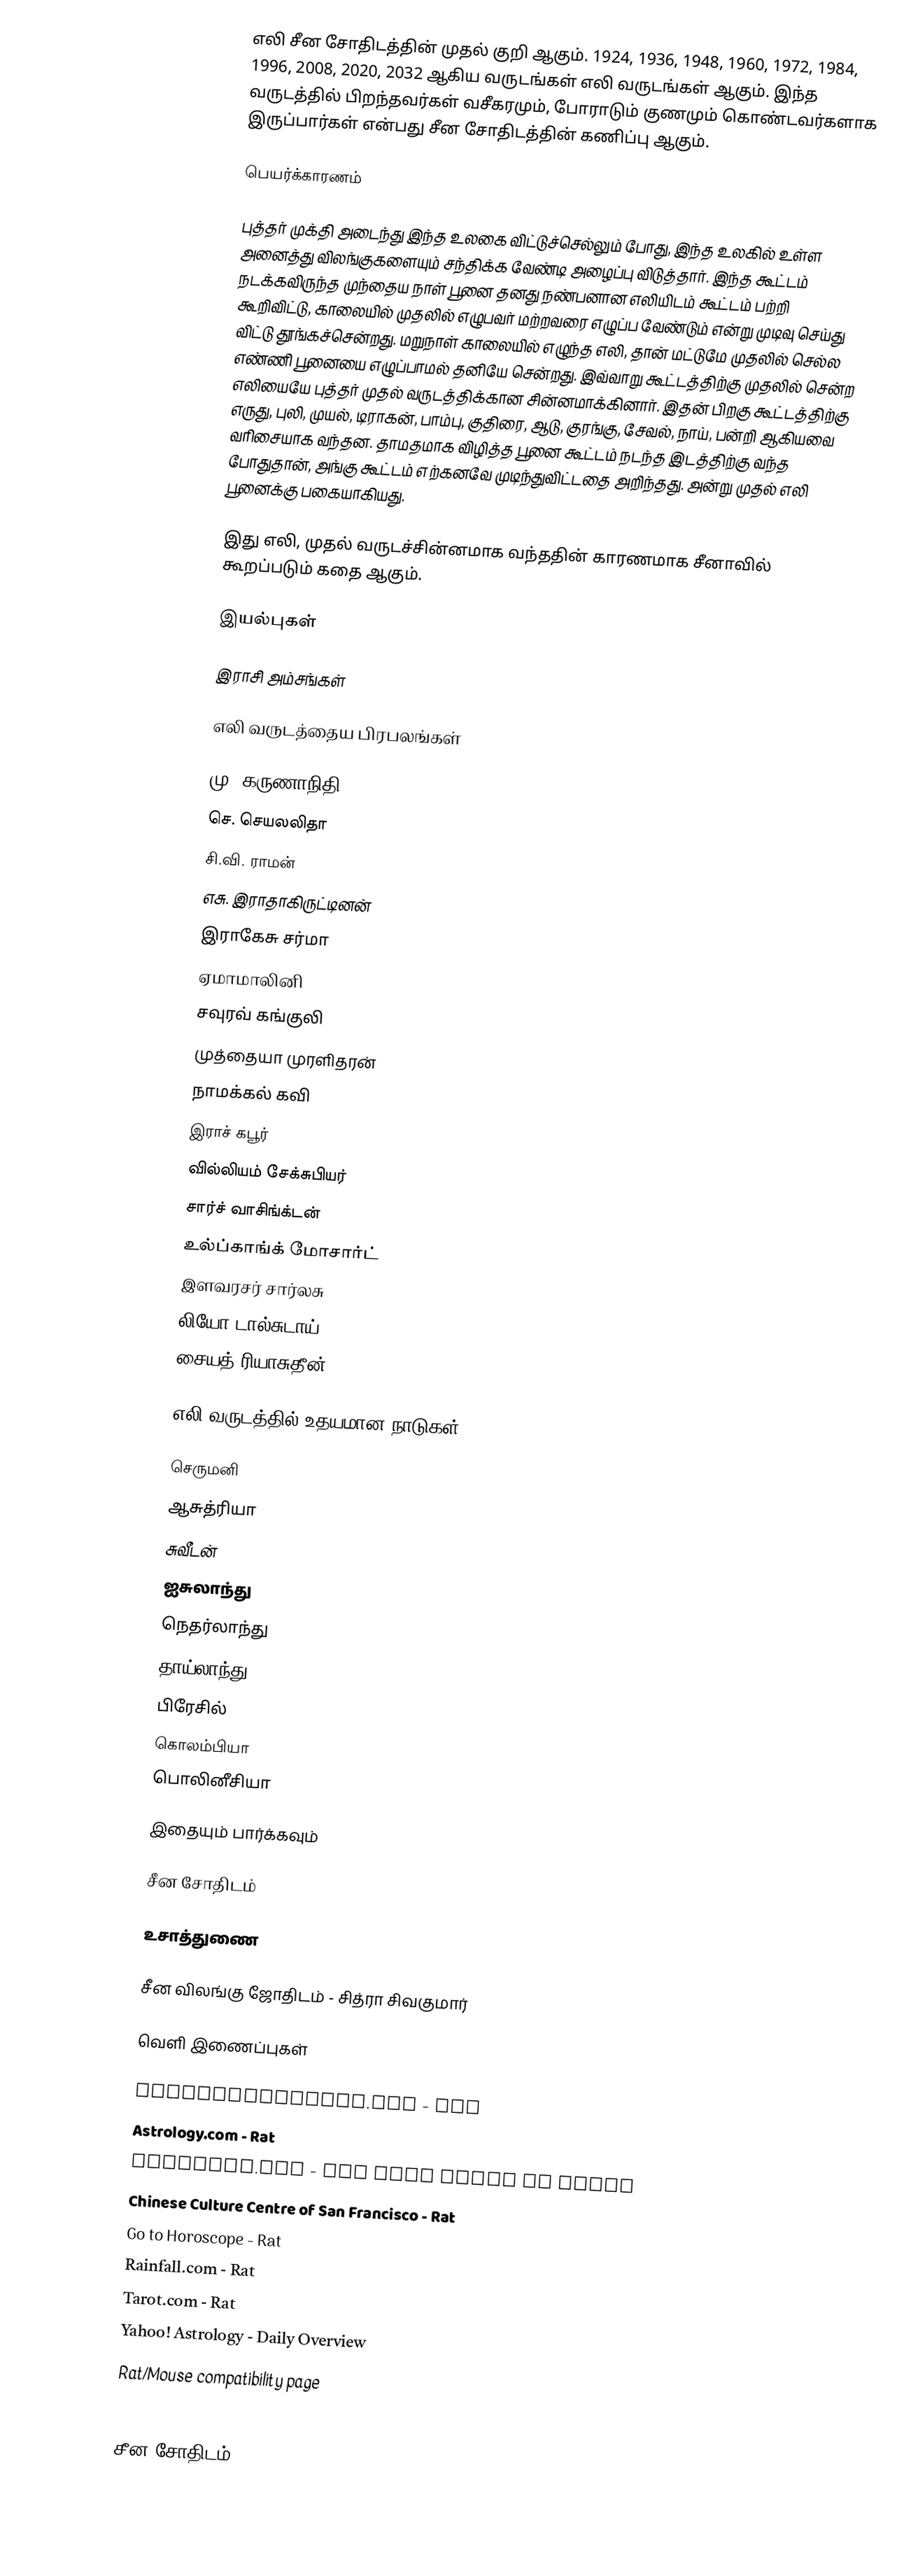
எலி சீன சோதிடத்தின் முதல் குறி ஆகும். 1924, 1936, 1948, 1960, 1972, 1984, 1996, 2008, 2020, 2032 ஆகிய வருடங்கள் எலி வருடங்கள் ஆகும். இந்த வருடத்தில் பிறந்தவர்கள் வசீகரமும், போராடும் குணமும் கொண்டவர்களாக இருப்பார்கள் என்பது சீன சோதிடத்தின் கணிப்பு ஆகும்.

பெயர்க்காரணம்

புத்தர் முக்தி அடைந்து இந்த உலகை விட்டுச்செல்லும் போது, இந்த உலகில் உள்ள அனைத்து விலங்குகளையும் சந்திக்க வேண்டி அழைப்பு விடுத்தார். இந்த கூட்டம் நடக்கவிருந்த முந்தைய நாள் பூனை தனது நண்பனான எலியிடம் கூட்டம் பற்றி கூறிவிட்டு, காலையில் முதலில் எழுபவர் மற்றவரை எழுப்ப வேண்டும் என்று முடிவு செய்து விட்டு தூங்கச்சென்றது. மறுநாள் காலையில் எழுந்த எலி, தான் மட்டுமே முதலில் செல்ல எண்ணி பூனையை எழுப்பாமல் தனியே சென்றது. இவ்வாறு கூட்டத்திற்கு முதலில் சென்ற எலியையே புத்தர் முதல் வருடத்திக்கான சின்னமாக்கினார். இதன் பிறகு கூட்டத்திற்கு எருது, புலி, முயல், டிராகன், பாம்பு, குதிரை, ஆடு, குரங்கு, சேவல், நாய், பன்றி ஆகியவை வரிசையாக வந்தன. தாமதமாக விழித்த பூனை கூட்டம் நடந்த இடத்திற்கு வந்த போதுதான், அங்கு கூட்டம் எற்கனவே முடிந்துவிட்டதை அறிந்தது. அன்று முதல் எலி பூனைக்கு பகையாகியது.

இது எலி, முதல் வருடச்சின்னமாக வந்ததின் காரணமாக சீனாவில் கூறப்படும் கதை ஆகும்.

இயல்புகள்

இராசி அம்சங்கள்

எலி வருடத்தைய பிரபலங்கள்

 மு. கருணாநிதி
 செ. செயலலிதா
 சி.வி. ராமன்
 எசு. இராதாகிருட்டினன்
 இராகேசு சர்மா
 ஏமாமாலினி
 சவுரவ் கங்குலி
 முத்தையா முரளிதரன்
 நாமக்கல் கவி
 இராச் கபூர்
 வில்லியம் சேக்சுபியர்
 சார்ச் வாசிங்க்டன்
 உல்ப்காங்க் மோசார்ட்
 இளவரசர் சார்லசு
 லியோ டால்சுடாய்
சையத் ரியாசுதீன்

எலி வருடத்தில் உதயமான நாடுகள்

 செருமனி
 ஆசுத்ரியா
 சுவீடன்
 ஐசுலாந்து
 நெதர்லாந்து
 தாய்லாந்து
 பிரேசில்
 கொலம்பியா
 பொலினீசியா

இதையும் பார்க்கவும்

 சீன சோதிடம்

உசாத்துணை

 சீன விலங்கு ஜோதிடம் - சித்ரா சிவகுமார்

வெளி இணைப்புகள்

 Astrohoroscopes.com - Rat
 Astrology.com - Rat
 Chinavoc.com - The Five Types of Mouse
 Chinese Culture Centre of San Francisco - Rat
 Go to Horoscope - Rat
 Rainfall.com - Rat
 Tarot.com - Rat
 Yahoo! Astrology - Daily Overview
 Rat/Mouse compatibility page
 Chinese Zodiac

சீன சோதிடம்